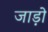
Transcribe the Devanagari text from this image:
जाड़ो